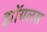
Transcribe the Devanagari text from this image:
झॉयलस